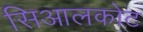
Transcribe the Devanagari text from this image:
सिआलकोट